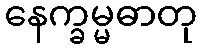
နေက္ခမ္မဓာတု